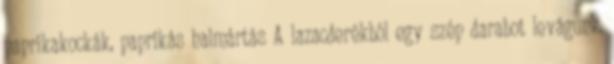
paprikakockák, paprikás halmártás A lazacderékból egy szép darabot levágunk,